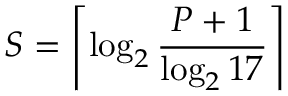
S = \left\lceil \log _ { 2 } { \frac { P + 1 } { \log _ { 2 } 1 7 } } \right\rceil